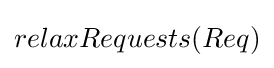
relaxRequests(Req)